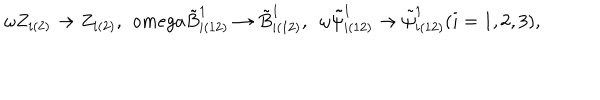
\omega Z _ { i ( 2 ) } \rightarrow Z _ { i ( 2 ) } , \ \, o m e g a \tilde { B } _ { i ( 1 2 ) } ^ { 1 } \rightarrow \tilde { B } _ { i ( 1 2 ) } ^ { 1 } , \ \ \omega \tilde { \psi } _ { i ( 1 2 ) } ^ { 1 } \rightarrow \tilde { \psi } _ { i ( 1 2 ) } ^ { 1 } ( i = 1 , 2 , 3 ) ,